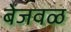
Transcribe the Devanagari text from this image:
बेजवळ